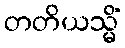
တတိယသ္မိံ